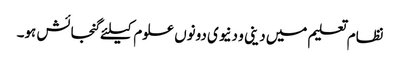
نظام تعلیم میں دینی و دنیوی دونوں علوم کیلئے گنجائش ہو۔